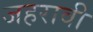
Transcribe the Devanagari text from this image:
जहरावी